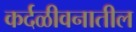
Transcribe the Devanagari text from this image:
कर्दळीवनातील